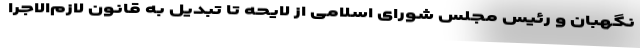
نگهبان و رئیس مجلس شورای اسلامی از لایحه تا تبدیل به قانون لازم‌الاجرا